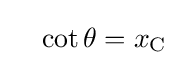
\quad \cot \theta =x_{\mathrm {C} }